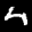
Label: 4